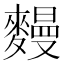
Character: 𪍩